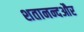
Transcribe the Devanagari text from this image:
शतानन्दऔर